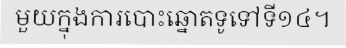
មួយក្នុងការបោះឆ្នោតទូទៅទី១៤។